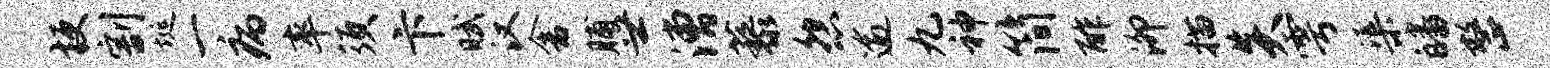
梗割埏一病率须卞赋汉舍脯世漕藜怨逾九神简酢泖描炎雩渠皤整